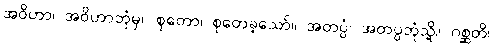
အဝိဟာ၊ အဝိဟာဘုံမှ။ စုတော၊ စုတေခဲ့သော်။ အတပ္ပံ၊ အတပ္ပဘုံသို့။ ဂစ္ဆတိ၊